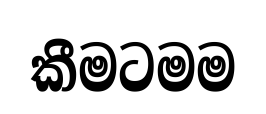
කීමටමම